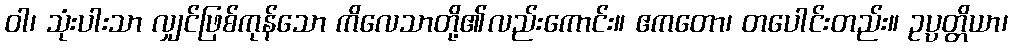
ဝါ၊ သုံးပါးသာ လျှင်ဖြစ်ကုန်သော ကိလေသာတို့၏လည်းကောင်း။ ဧကတော၊ တပေါင်းတည်း။ ဥပ္ပတ္တိယာ၊